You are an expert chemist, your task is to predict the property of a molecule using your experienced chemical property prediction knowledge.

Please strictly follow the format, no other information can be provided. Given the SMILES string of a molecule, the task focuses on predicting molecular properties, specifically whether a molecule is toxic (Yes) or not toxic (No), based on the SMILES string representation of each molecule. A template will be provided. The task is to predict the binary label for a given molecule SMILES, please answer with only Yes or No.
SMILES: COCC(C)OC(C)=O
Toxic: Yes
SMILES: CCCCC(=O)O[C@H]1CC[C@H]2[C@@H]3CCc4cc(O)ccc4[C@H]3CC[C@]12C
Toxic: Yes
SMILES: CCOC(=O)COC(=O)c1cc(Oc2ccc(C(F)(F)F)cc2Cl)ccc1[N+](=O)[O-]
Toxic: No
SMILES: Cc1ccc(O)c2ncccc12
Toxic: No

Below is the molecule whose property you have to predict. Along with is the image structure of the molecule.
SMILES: COc1ccc(OC)c(CC(C)N)c1
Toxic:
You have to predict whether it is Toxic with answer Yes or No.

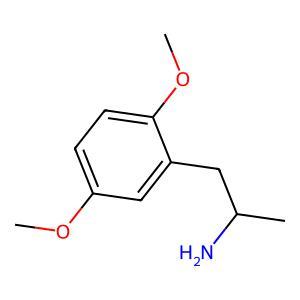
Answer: No